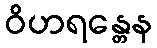
ဝိဟရန္တေန